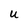
Character: U